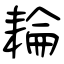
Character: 耣